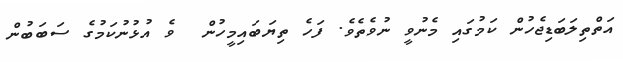
އަތްތިލަބަޑިިޖެހުން ކަމުގައި މެނުވީ ނުވެތެވެ. ފަހެ ތިޔަބައިމީހުން  ވެ އުޅުނުކަމުގެ ސަބަބުން